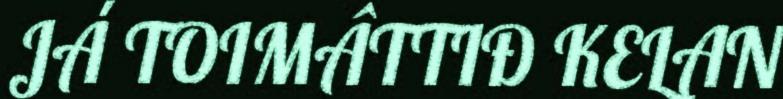
JÁ TOIMÂTTIĐ KELAN